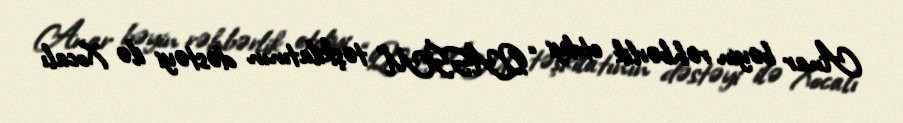
Anar bəyin rəhbərlik etdiyi “QASİM” təşkilatının dəstəyi ilə Xocalı